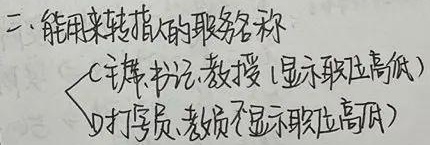
二、能用来转指人的职务名称
\begin{cases}
\text{a.主席、书记、教授（显示职位高低）}\\
\text{b.打字员、教员（不显示职位高低）}
\end{cases}